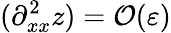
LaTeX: (\partial_{xx}^{2}z)=\mathcal{O}(\varepsilon)